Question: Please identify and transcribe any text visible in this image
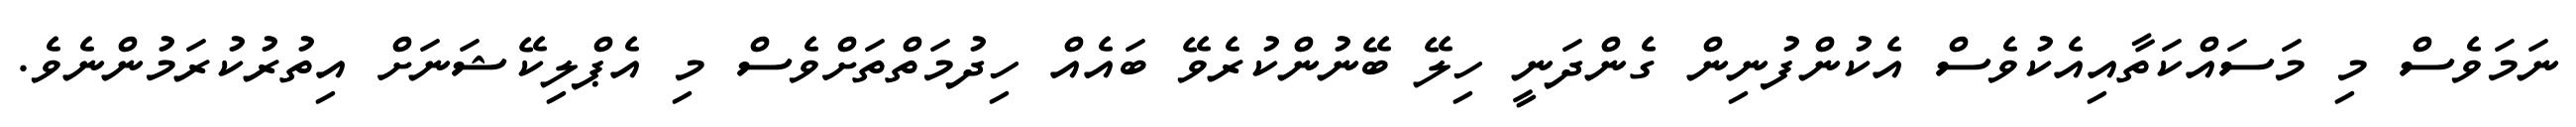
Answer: ނަމަވެސް މި މަސައްކަތާއިއެކުވެސް އެކުންފުނިން ގެންދަނީ ހިލޭ ބޭނުންކުރެވޭ ބައެއް ހިދުމަތްތަށްވެސް މި އެޕްލިކޭޝަނަށް އިތުރުކުރަމުންނެވެ.